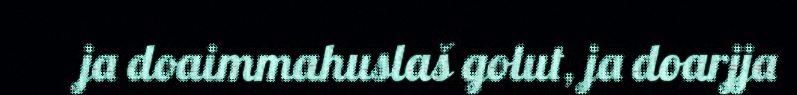
ja doaimmahuslaš golut, ja doarjja